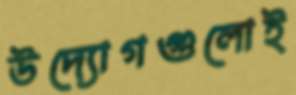
উদ্যোগগুলোই